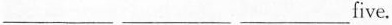
___ ___ ___five.